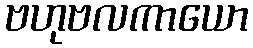
ဗဟုဗလကာယော